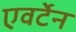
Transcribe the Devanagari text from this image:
एवर्टेन